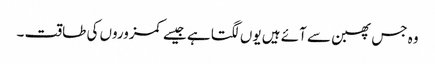
وہ جس پھبن سے آئے ہیں یوں لگتا ہے جیسے کمزوروں کی طاقت ۔